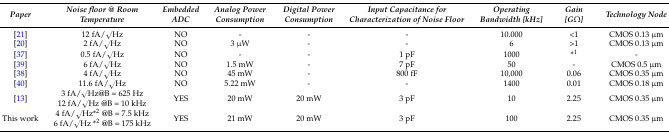
<table><thead><tr><td><b><i>Paper</i></b></td><td><b><i>Noise floor @ Room Temperature</i></b></td><td><b><i>Embedded ADC</i></b></td><td><b><i>Analog Power Consumption</i></b></td><td><b><i>Digital Power Consumption</i></b></td><td><b><i>Input Capacitance for Characterization of Noise Floor</i></b></td><td><b><i>Operating Bandwidth [kHz]</i></b></td><td><b><i>Gain [GΩ]</i></b></td><td><b><i>Technology Node</i></b></td></tr></thead><tbody><tr><td>[21]</td><td>12 fA/√Hz</td><td>NO</td><td>-</td><td>-</td><td>-</td><td>10.000</td><td>&lt;1</td><td>CMOS 0.13 μm</td></tr><tr><td>[20]</td><td>2 fA/√Hz</td><td>NO</td><td>3 μW</td><td>-</td><td>-</td><td>6</td><td>&gt;1</td><td>CMOS 0.13 μm</td></tr><tr><td>[37]</td><td>0.5 fA/√Hz</td><td>NO</td><td>-</td><td>-</td><td>1 pF</td><td>1000</td><td>*<sup>1</sup></td><td>-</td></tr><tr><td>[39]</td><td>6 fA/√Hz</td><td>NO</td><td>1.5 mW</td><td>-</td><td>7 pF</td><td>50</td><td>-</td><td>CMOS 0.5 μm</td></tr><tr><td>[38]</td><td>4 fA/√Hz</td><td>NO</td><td>45 mW</td><td>-</td><td>800 fF</td><td>10,000</td><td>0.06</td><td>CMOS 0.35 μm</td></tr><tr><td>[40]</td><td>11.6 fA/√Hz</td><td>NO</td><td>5.22 mW</td><td>-</td><td>-</td><td>1400</td><td>0.01</td><td>CMOS 0.18 μm</td></tr><tr><td>[13]</td><td>3 fA/√Hz@B = 625 Hz 12 fA/√Hz @B = 10 kHz</td><td>YES</td><td>20 mW</td><td>20 mW</td><td>3 pF</td><td>10</td><td>2.25</td><td>CMOS 0.35 μm</td></tr><tr><td>This work</td><td>4 fA/√Hz*<sup>2</sup> @B = 7.5 kHz 6 fA/√Hz *<sup>2</sup> @B = 175 kHz</td><td>YES</td><td>21 mW</td><td>20 mW</td><td>3 pF</td><td>100</td><td>2.25</td><td>CMOS 0.35 μm</td></tr></tbody></table>